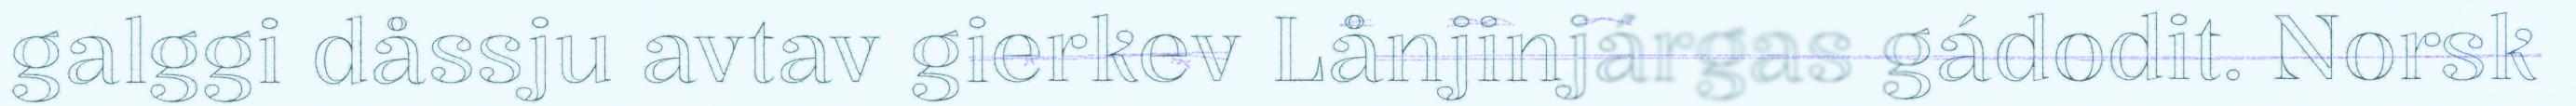
galggi dåssju avtav gierkev Lånjinjárgas gádodit. Norsk